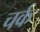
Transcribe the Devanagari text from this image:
चर्क